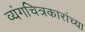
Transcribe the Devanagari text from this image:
व्यंगचित्रकारांच्या